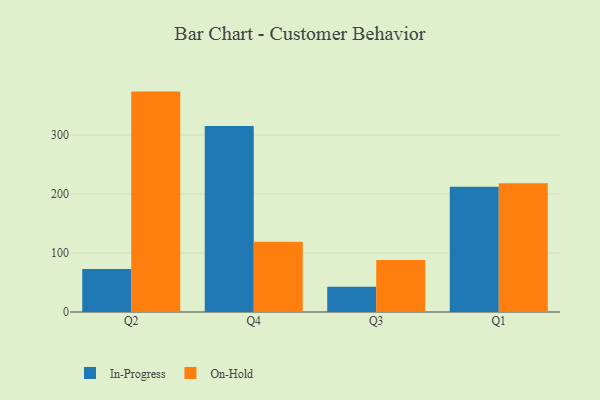
{"axis": {"x": "Quarter", "y": "Active Users"}, "legend": ["In-Progress", "On-Hold"], "data": [{"x": "Q2", "y": 72.9, "type": "In-Progress"}, {"x": "Q2", "y": 373.5, "type": "On-Hold"}, {"x": "Q4", "y": 315.1, "type": "In-Progress"}, {"x": "Q4", "y": 119.1, "type": "On-Hold"}, {"x": "Q3", "y": 42.6, "type": "In-Progress"}, {"x": "Q3", "y": 88.2, "type": "On-Hold"}, {"x": "Q1", "y": 212.2, "type": "In-Progress"}, {"x": "Q1", "y": 218.1, "type": "On-Hold"}]}